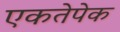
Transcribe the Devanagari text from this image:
एकतेपेक